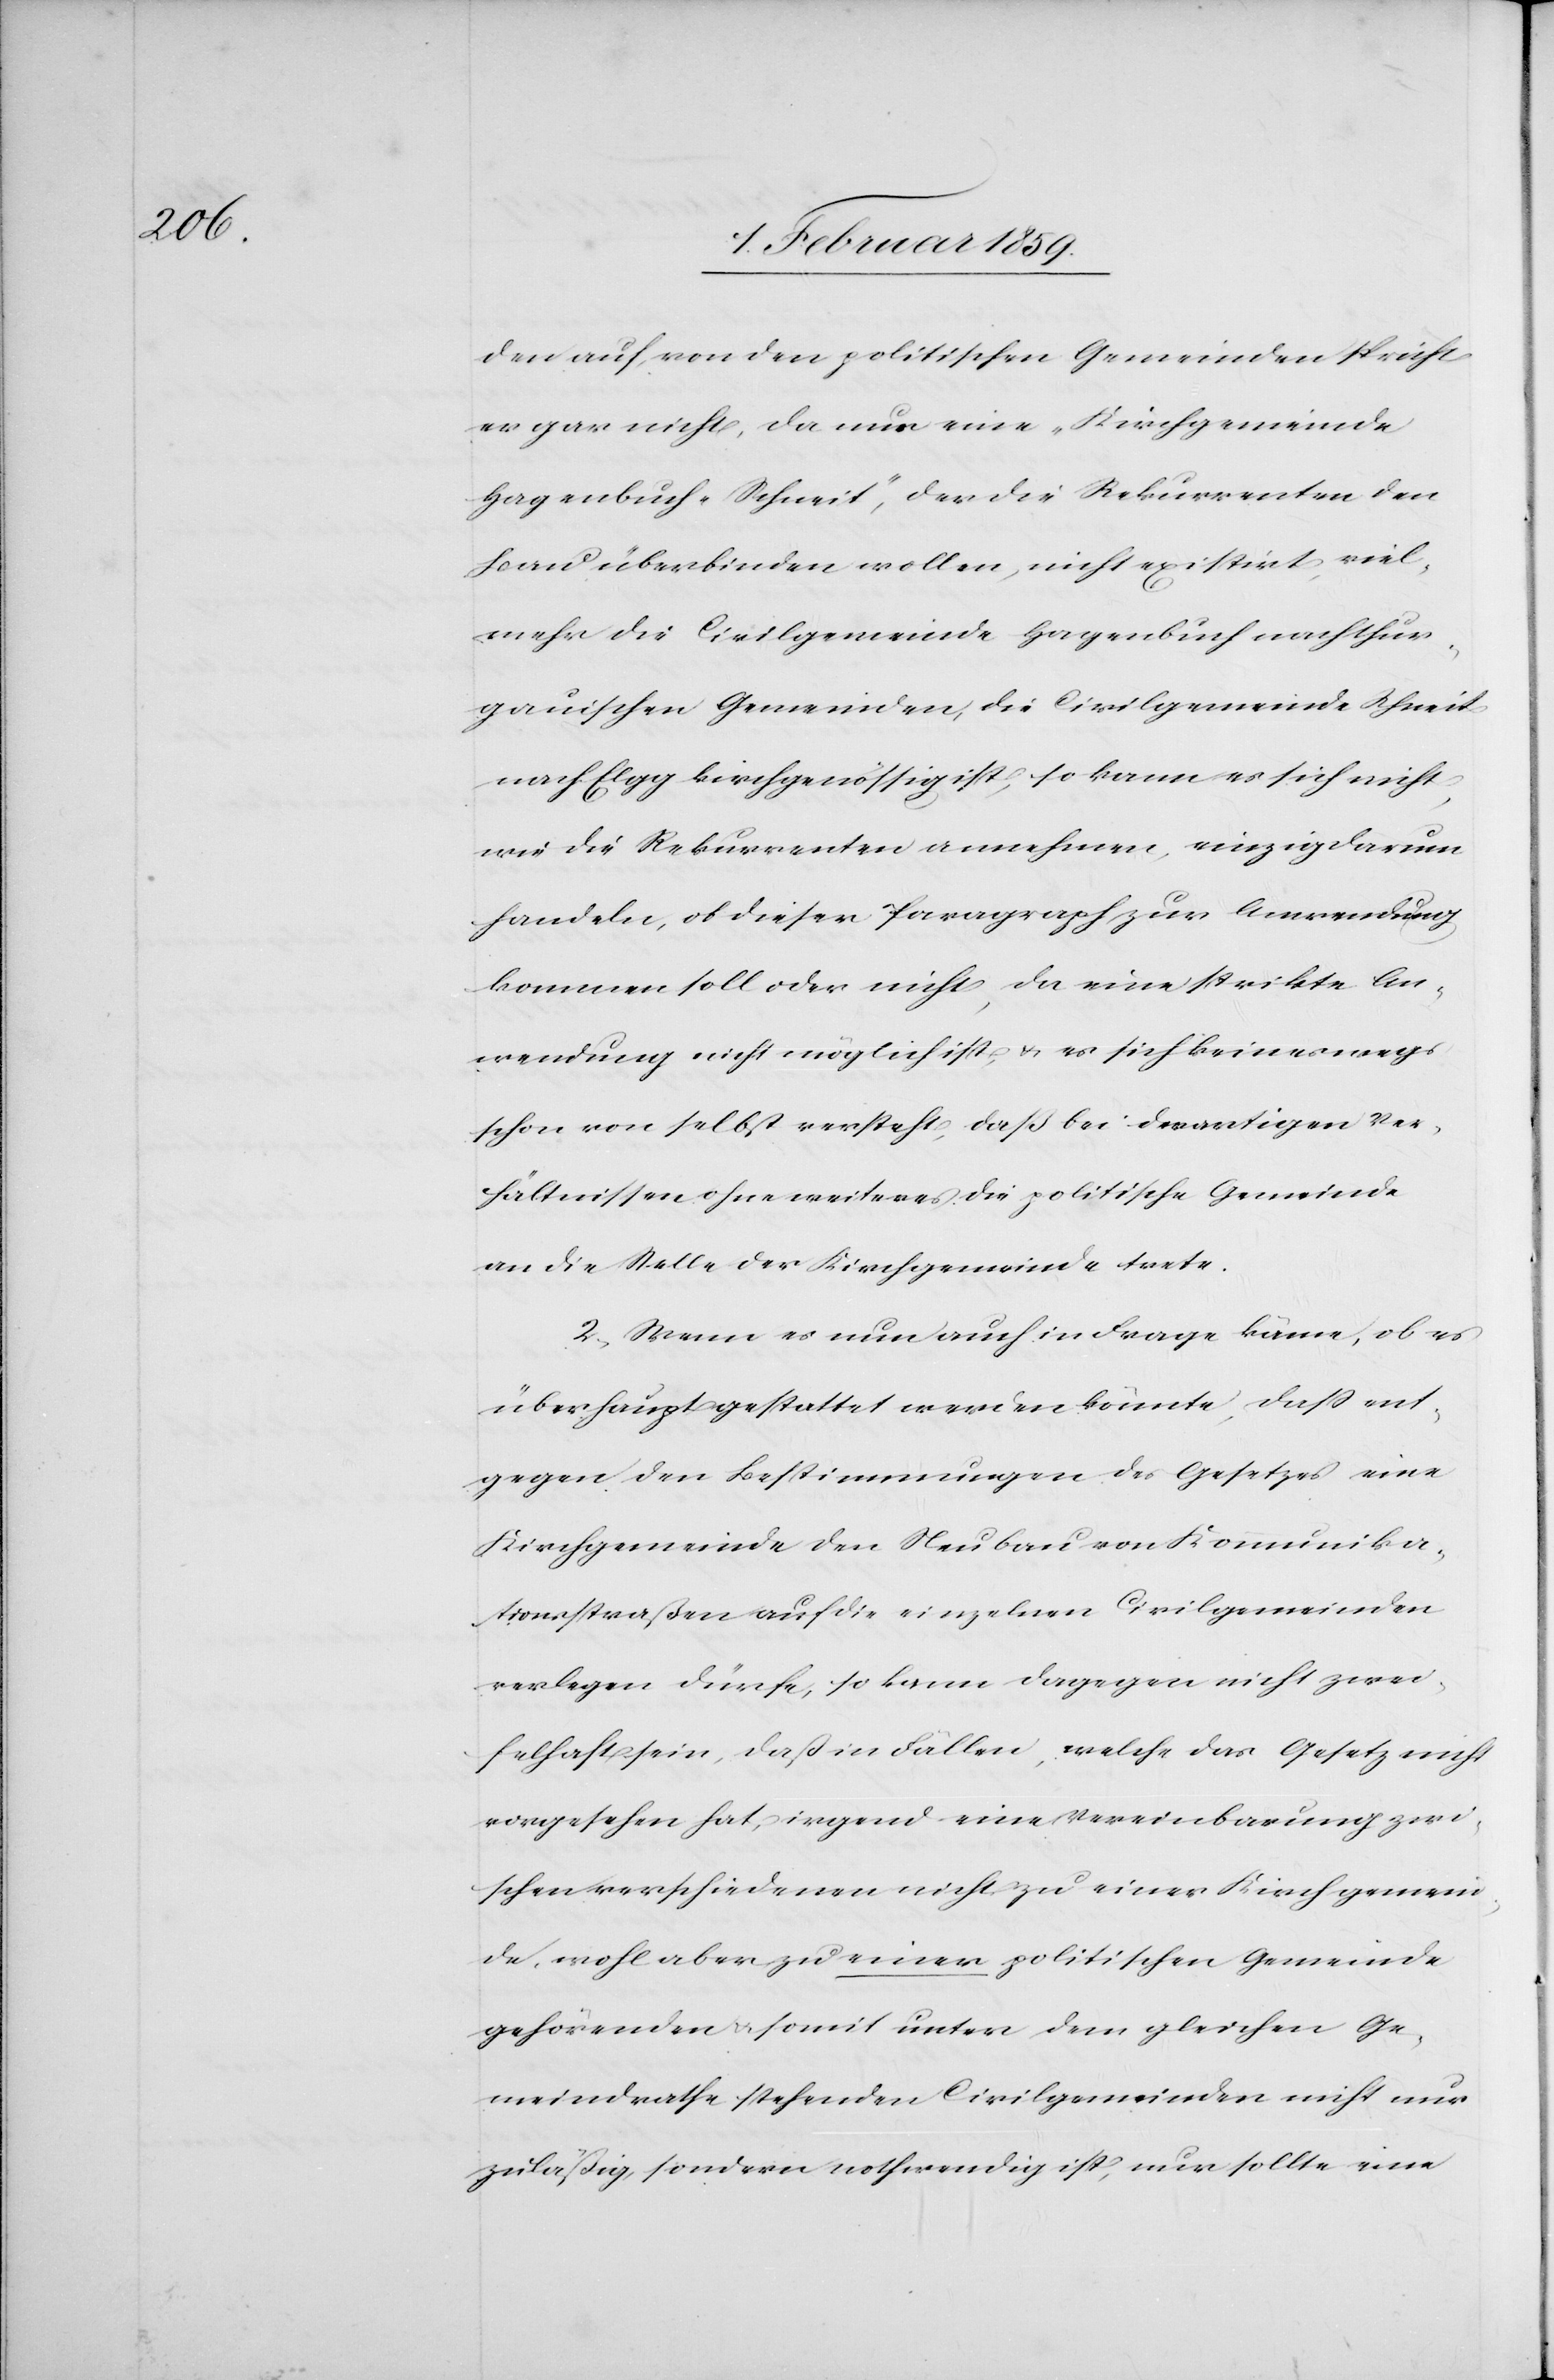
den auf, von den politischen Gemeinden spricht
er gar nicht, da nur eine „Kirchgemeinde
Hagenbuch-Schneit“, der die Rekurrenten den
Bau überbinden wollen, nicht existirt viel¬
mehr die Civilgemeinde Hagenbuch nach thur¬
gauischen Gemeinden, die Civilgemeinden Schneit
nach Egg kirchgenössig ist, so kann es sich nicht
wie die Rekurrenten annehmen, einzig darum
handeln, ob dieser Paragraph zur Anwendung
kommen soll oder nicht, da eine strikte An¬
wendung nicht möglich ist, u. es sich keineswegs
schon von selbst versteht, daß bei derartigen Ver¬
hältnissen ohne weiteres die politische Gemeinde
an die Stelle der Kirchgemeinde trete.
2, Wenn es nun auch in Frage käme, ob es
überhaupt gestattet werden könnte, daß ent¬
gegen den Bestimmungen des Gesetzes eine
Kirchgemeinde den Neubau von Kommunika¬
tionsstraßen auf die einzelnen Civilgemeinden
verlegen dürfe, so kann dagegen nicht zwei¬
felhaft sein, daß in Fällen, welche das Gesetz nicht
vorgesehen hat, irgend eine Vereinbarung zwi¬
schen verschiedenen nicht zu einer Kirchgemein¬
de, wohl aber zu einer politischen Gemeinde
gehörenden u. somit unter dem gleichen Ge¬
meindrath stehenden Civilgemeinden nicht nur
zuläßig, sondern nothwendig ist, nur sollte eine